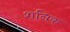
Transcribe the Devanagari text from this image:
शनिक